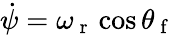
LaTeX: \dot{\psi}=\omega_{\mathrm{~r~}}\cos\theta_{\mathrm{~f~}}